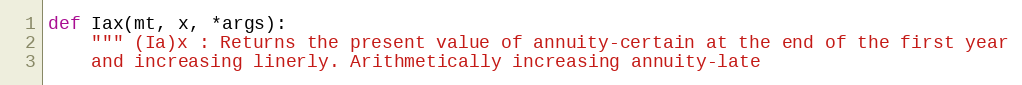
Language: Python
def Iax(mt, x, *args):
    """ (Ia)x : Returns the present value of annuity-certain at the end of the first year
    and increasing linerly. Arithmetically increasing annuity-late